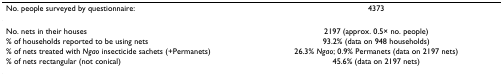
| No. people surveyed by questionnaire: | 4373 |
 | --- | --- |
 | No. nets in their houses | 2197 (approx. 0.5× no. people) |
 | % of households reported to be using nets | 93.2% (data on 948 households) |
 | % of nets treated with Ngao insecticide sachets (+Permanets) | 26.3% Ngao; 0.9% Permanets (data on 2197 nets) |
 | % of nets rectangular (not conical) | 45.6% (data on 2197 nets) |